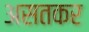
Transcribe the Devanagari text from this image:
असतकर